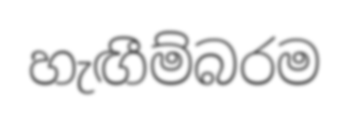
හැඟීම්බරම